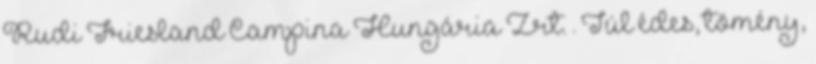
Rudi Friesland Campina Hungária Zrt. . Túl édes, tömény,